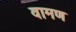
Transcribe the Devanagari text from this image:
वामण